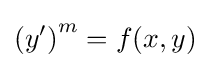
\left(y'\right)^{m}=f(x,y)